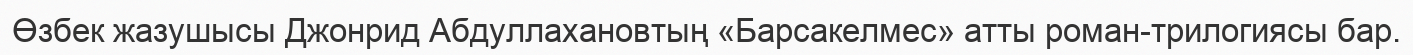
Өзбек жазушысы Джонрид Абдуллахановтың «Барсакелмес» атты роман-трилогиясы бар.